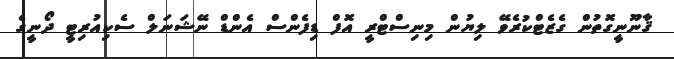
ޤާނޫނީގޮތުން ގެޒެޓްކުރެވޭ ލިޔުން މިނިސްޓްރީ އޮފް ޑިފެންސް އެންޑް ނޭޝަނަލް ސެކިއުރިޓީ ދޯނީގެ